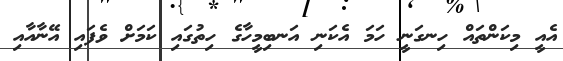
އެއީ މިކަންތައް ހިނގަނީ ހަމަ އެކަނި އަނބިމީހާގެ ހިތުގައި ކަމަށް ވެފައި އޭނާއާއި